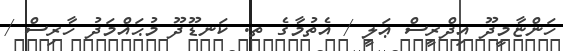
ހަންޏާމީދޫ އިދްރީސް ޢަލީ / އެތުމާގެ ތ. ކަނޑޫދޫ މުޙައްމަދު ހާރިސް /